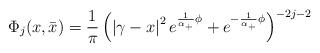
LaTeX: \begin{align*}\Phi _j(x,\bar x)=\frac 1\pi \left( \left| \gamma -x\right| ^2e^{\frac1{\alpha _{+}}\phi }+e^{-\frac 1{\alpha _{+}}\phi }\right) ^{-2j-2}\end{align*}